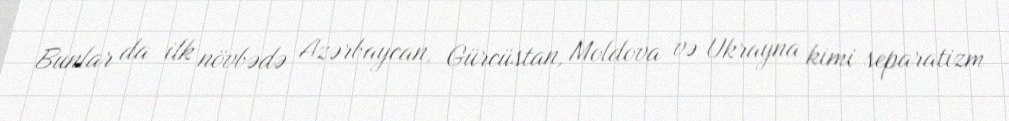
Bunlar da ilk növbədə Azərbaycan, Gürcüstan, Moldova və Ukrayna kimi separatizm